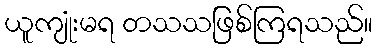
ယူကျုံးမရ တသသဖြစ်ကြရသည်။